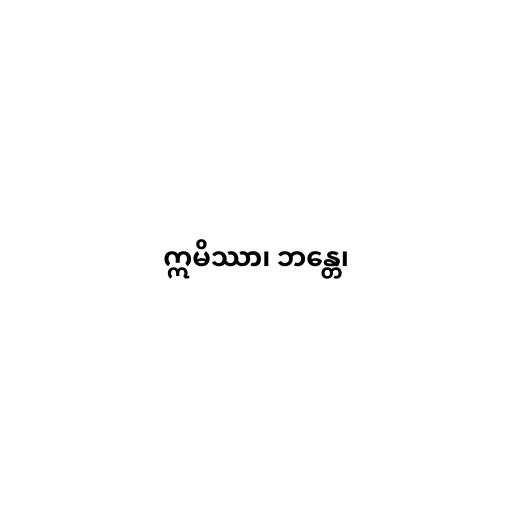
ဣမိဿာ၊ ဘန္တေ၊